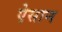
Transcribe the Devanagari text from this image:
ऐसान